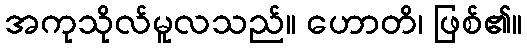
အကုသိုလ်မူလသည်။ ဟောတိ၊ ဖြစ်၏။